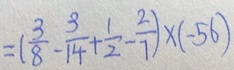
= ( \frac { 3 } { 8 } - \frac { 3 } { 1 4 } + \frac { 1 } { 2 } - \frac { 2 } { 7 } ) \times ( - 5 6 )